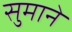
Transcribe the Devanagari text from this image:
सुमाने